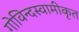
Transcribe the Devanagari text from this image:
गोविन्दस्वामीकृत